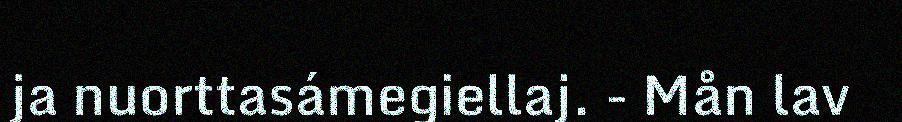
ja nuorttasámegiellaj. - Mån lav